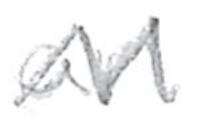
Text: an
Cross-out: zig-zag
Writing tool: pencil